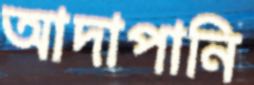
আদাপানি